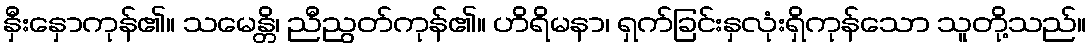
နှီးနှောကုန်၏။ သမေန္တိ၊ ညီညွတ်ကုန်၏။ ဟိရိမနာ၊ ရှက်ခြင်းနှလုံးရှိကုန်သော သူတို့သည်။